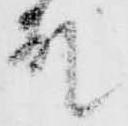
殿